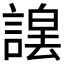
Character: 𮘮